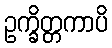
ဥက္ခိတ္တကာပိ